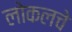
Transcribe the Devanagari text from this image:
लोकलचे